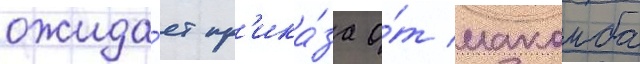
ожида́ет пр'ика́за о́т макомба